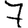
Digit: 7